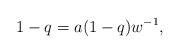
LaTeX: \begin{align*} 1-q=a(1-q)w^{-1},\end{align*}